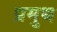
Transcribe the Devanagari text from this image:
प्रमुथ